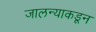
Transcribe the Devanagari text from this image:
जालन्याकडून